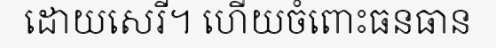
ដោយសេរី។ ហើយចំពោះធនធាន